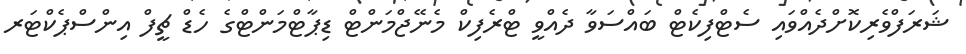
ޝަރަފްވެރިކޮށްދެއްވައި ސެޓްފިކެޓް ބައްސަވާ ދެއްވީ ޓްރެފިކް މެނޭޖްމަންޓް ޑިޕާޓްމަންޓްގެ ހެޑް ޗީފް އިންސްޕެކްޓަރ